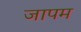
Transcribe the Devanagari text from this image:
जापम